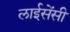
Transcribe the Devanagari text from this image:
लाईसेंसी